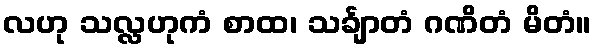
လဟု သလ္လဟုကံ စာထ၊ သင်္ချာတံ ဂဏိတံ မိတံ။